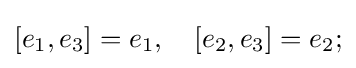
[e_{1},e_{3}]=e_{1},\quad [e_{2},e_{3}]=e_{2};